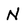
Character: N